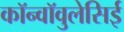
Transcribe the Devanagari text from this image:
कॉन्वॉवुलेसिई